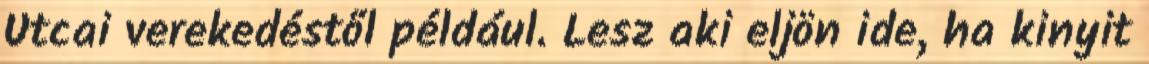
Utcai verekedéstől például. Lesz aki eljön ide, ha kinyit